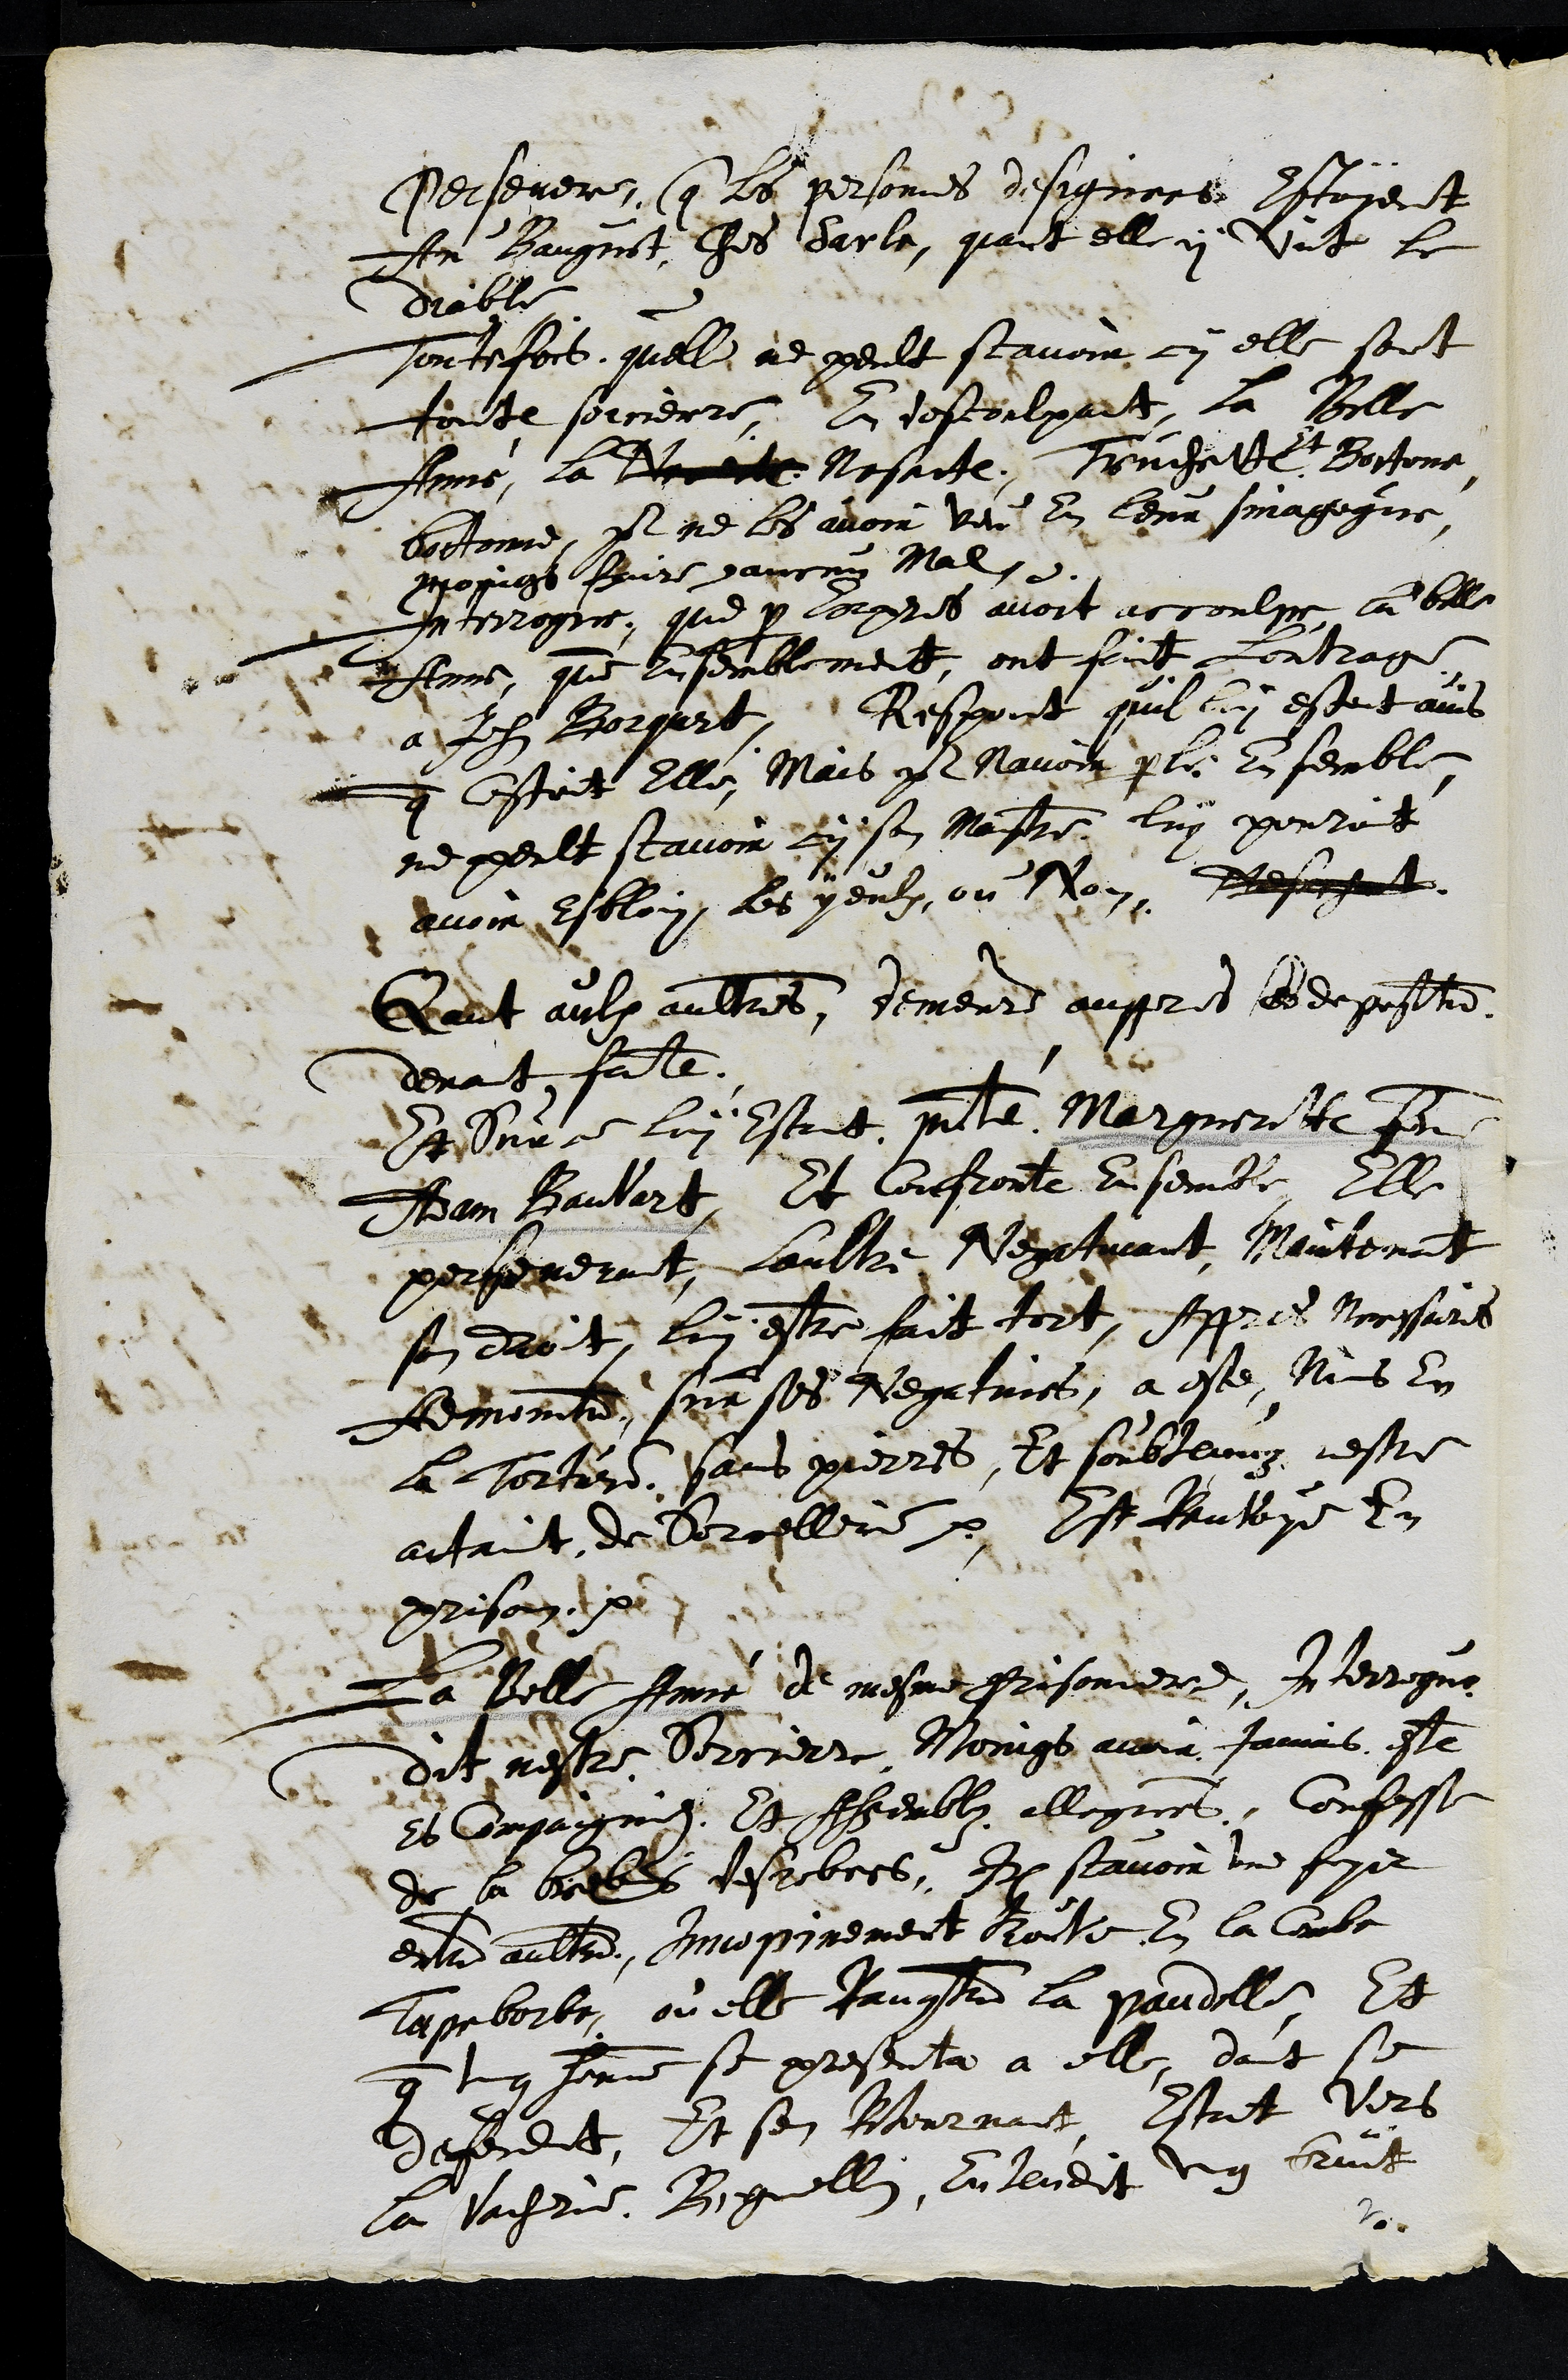
Persever, que la personnes designors estoient
En Baigit ches daple, quant ell y vnt ce
dieble
Tontefois quell ne peult scavoir cn elle sont
toute sorcierre, A descoulpart, la Dille
me, la e Masaite, Touchette
21
+ Bontons
btonne, par ne les avoir veu en leur sinagegne
moings Poir dancin Mal.
Iinterrogue, que y corpres avoit accoulxe la bella
dAnne, que lisemblement, ont fait contrage
a Jolz Borgurt. Respont quil luy estait ains
y estoit elle Mais y Navoir parte en semble
ne peult scavoir rii son Mattre, luy portot
avoir Esblon, les yeulx ou Non, Resont
Raut aulx aultres, demeure auppres les deposeten
devant fale.
Vedur ce lui estrit mestre. Marguerite l
Aam Baulart, Et lonfronte en sembe Elle
persurernt, Laultre Veptuant Mointenat
sn deb t lui estre fait toit. Appres mossurs
Admoned, sur ses vetuis a este Nas lu
a torter, pars pierres, Et soubtenuz nestre
attant de Sorcellerer Est tautoye en
prison
La velle femme de mesme prisonder. Interrogue
62 ditineste Brrierr Moings aua famas este
es Compaigne. Et Ceuble allegree, Confesse
de la brebes destobers, Item scavoir une foyer
esta aultrent, Inmopprement toute en la Corbe
Tageborbe, ou elle Janosta la pandelle, Et
que tnq fomme se presenta à elle, dont son
defendit, Et sen mournait Estat vers
la vachee. Biguellin, c landit ung bruit
2